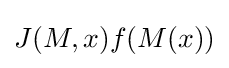
J(M,x)f(M(x))